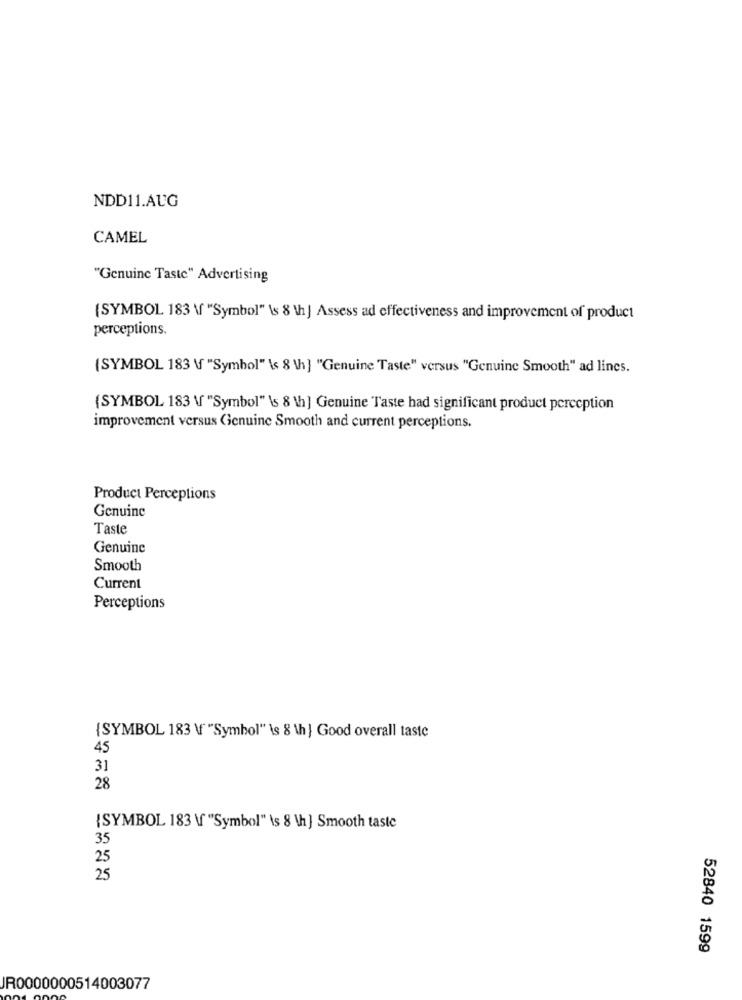
NDD11.AUG
CAMEL
"Genuine Taste" Advertising
(SYMBOL 183 \f "Symbol" \s 8 th] Assess ad effectiveness and improvement of product
perceptions.
(SYMBOL 183 \ "Symbol" \ 8 \h] "Genuine Taste" versus "Genuine Smooth" ad lines.
(SYMBOL 183 \ "Symbol" \s 8 \h ] Genuine Taste had significant product perception
improvement versus Genuine Smooth and current perceptions.
Product Perceptions
Genuine
Taste
Genuine
Smooth
Current
Perceptions
{SYMBOL 183 \ "Symbol" is 8 \h } Good overall taste
45
31
28
{SYMBOL 183 \ "Symbol" \s 8 \h ] Smooth taste
35
25
25
52840 1599
JR0000000514003077